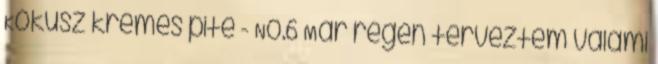
Kókusz krémes pite - No.6 Már régen terveztem valami